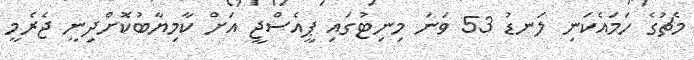
މެޗުގެ ހަމައެކަނި ލަނޑު 53 ވަނަ މިނިޓުގައި ޕީއެސްޖީ އަށް ކާމިޔާބުކޮށްދިނީ ޖެރެމީ